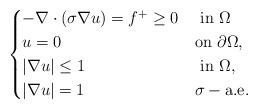
LaTeX: \begin{align*}\begin{cases}-\nabla\cdot (\sigma\nabla u)=f^+\geq 0&\mbox{ in }\Omega\\u=0 &\mbox{on }\partial\Omega,\\|\nabla u|\leq 1&\mbox{ in }\Omega,\\|\nabla u|= 1&\sigma-\mbox{a.e. }\end{cases}\end{align*}